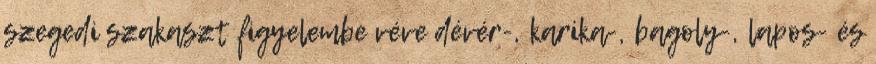
szegedi szakaszt figyelembe véve dévér-, karika-, bagoly-, lapos- és